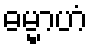
ဓမ္မာဟံ